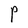
Character: P